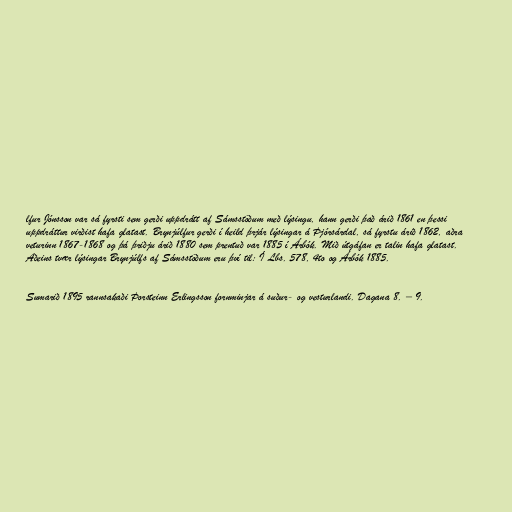
lfur Jónsson var sá fyrsti sem gerði uppdrátt af Sámsstöðum með lýsingu, hann gerði það árið 1861 en þessi
uppdráttur virðist hafa glatast. Brynjúlfur gerði í heild þrjár lýsingar á Þjórsárdal, sá fyrstu árið 1862, aðra
veturinn 1867-1868 og þá þriðju árið 1880 sem prentuð var 1885 í Árbók. Mið útgáfan er talin hafa glatast.
Aðeins tvær lýsingar Brynjúlfs af Sámsstöðum eru því til: Í Lbs. 578, 4to og Árbók 1885.

Sumarið 1895 rannsakaði Þorsteinn Erlingsson fornminjar á suður- og vesturlandi. Dagana 8. – 9.